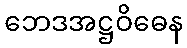
ဘေဒအဋ္ဌဝိဓေန